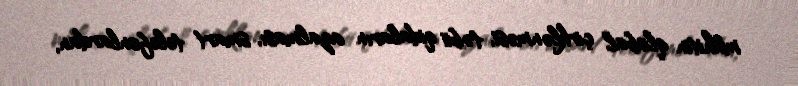
mühitin qlobal çirklənməsi, təbii qidaların azalması, smart telefonlardan,